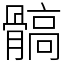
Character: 髇